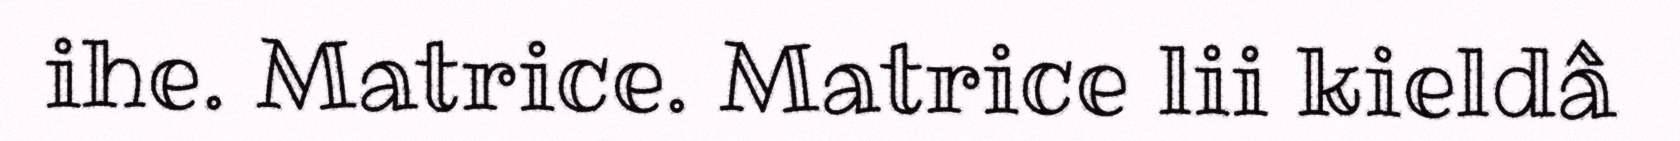
ihe. Matrice. Matrice lii kieldâ